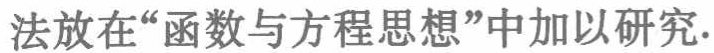
法放在“函数与方程思想”中加以研究.